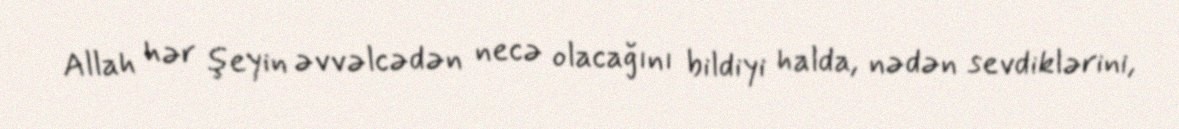
Allah hər şeyin əvvəlcədən necə olacağını bildiyi halda, nədən sevdiklərini,